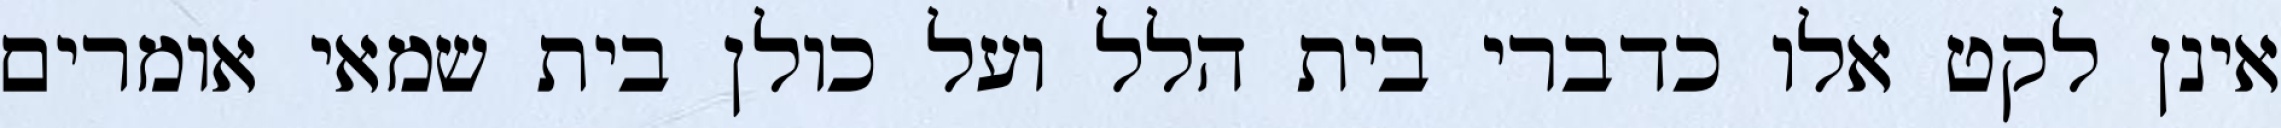
אינן לקט אלו כדברי בית הלל ועל כולן בית שמאי אומרים